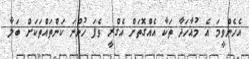
އެހެންވީމަ އެ މުއާހަދާ ތަކާ އެއްގޮތަށް އެގްރީ ވެފަ ހުންނަ ކަންތައްތަކަށް ބަލާ